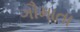
ગૌમાતા